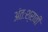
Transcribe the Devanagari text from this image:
अंतःश्रावी